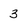
Character: 3